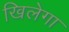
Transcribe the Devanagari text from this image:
खिलेगा